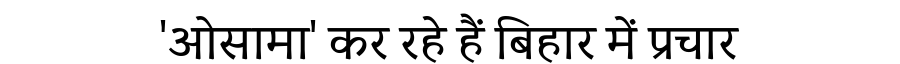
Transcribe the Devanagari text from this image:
'ओसामा' कर रहे हैं बिहार में प्रचार